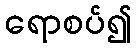
ရောစပ်၍